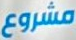
مشروع